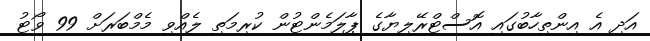
އަދި އެ އިންތިހާބުގައި އޮސްޓްރޭލިޔާގެ ޕާލަމެންޓުން ކުރިމަތި ލެއްވި މެމްބަރަށް 99 ވޯޓު